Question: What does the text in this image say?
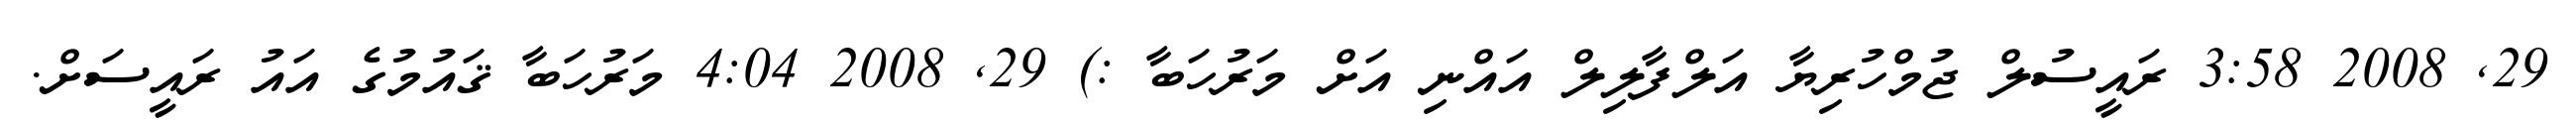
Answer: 29, 2008 3:58 ރައީސުލް ޖުމްހުރިޔާ އަލްފާލިލް އައްނި އަށް މަރުހަބާ :) 29, 2008 4:04 މަރުހަބާ ޤައުމުގެ އައު ރައީސަށް.